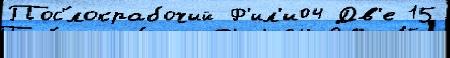
Пос'́локрабочий Ф'ил'и04 Дв'е 15